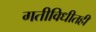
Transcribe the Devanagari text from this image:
गतीविधीतही